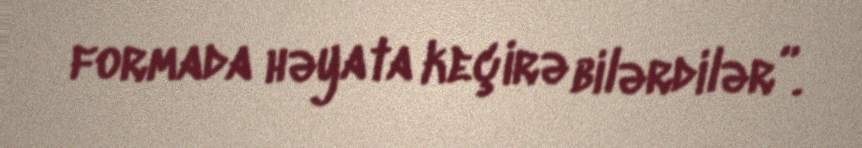
formada həyata keçirə bilərdilər”.